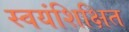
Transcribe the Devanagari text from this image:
स्वयंशिक्षित